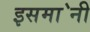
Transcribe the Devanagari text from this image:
इसमा॓नी